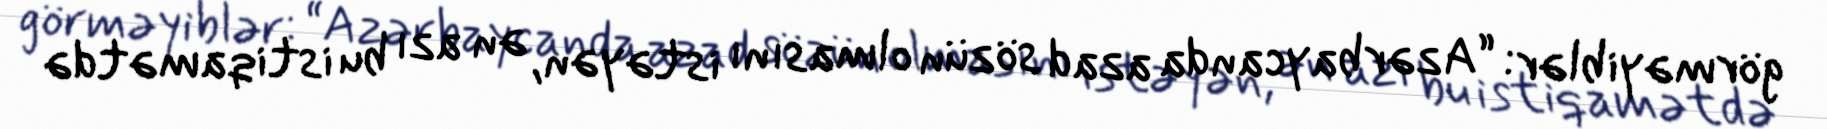
görməyiblər: “Azərbaycanda azad sözün olmasını istəyən, ən azı bu istiqamətdə